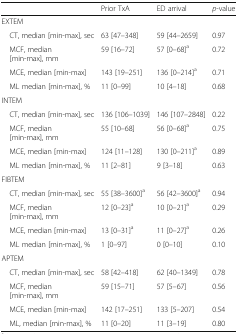
<table><thead><tr><td></td><td><b>Prior TxA</b></td><td><b>ED arrival</b></td><td><b><i>p</i>-value</b></td></tr></thead><tbody><tr><td colspan="4">EXTEM</td></tr><tr><td> CT, median [min-max], sec</td><td>63 [47–348]</td><td>59 [44–2659]</td><td>0.97</td></tr><tr><td> MCF, median [min-max], mm</td><td>59 [16–72]</td><td>57 [0–68]<sup>a</sup></td><td>0.72</td></tr><tr><td> MCE, median [min-max]</td><td>143 [19–251]</td><td>136 [0–214]<sup>a</sup></td><td>0.71</td></tr><tr><td> ML median [min-max], %</td><td>11 [0–99]</td><td>10 [4–18]</td><td>0.68</td></tr><tr><td colspan="4">INTEM</td></tr><tr><td> CT, median [min-max], sec</td><td>136 [106–1039]</td><td>146 [107–2848]</td><td>0.22</td></tr><tr><td> MCF, median [min-max], mm</td><td>55 [10–68]</td><td>56 [0–68]<sup>a</sup></td><td>0.75</td></tr><tr><td> MCE, median [min-max]</td><td>124 [11–128]</td><td>130 [0–211]<sup>a</sup></td><td>0.89</td></tr><tr><td> ML median [min-max], %</td><td>11 [2–81]</td><td>9 [3–18]</td><td>0.63</td></tr><tr><td colspan="4">FIBTEM</td></tr><tr><td> CT, median [min-max], sec</td><td>55 [38–3600]<sup>a</sup></td><td>56 [42–3600]<sup>a</sup></td><td>0.94</td></tr><tr><td> MCF, median [min-max], mm</td><td>12 [0–23]<sup>a</sup></td><td>10 [0–21]<sup>a</sup></td><td>0.29</td></tr><tr><td> MCE, median [min-max]</td><td>13 [0–31]<sup>a</sup></td><td>11 [0–27]<sup>a</sup></td><td>0.26</td></tr><tr><td> ML median [min-max], %</td><td>1 [0–97]</td><td>0 [0–10]</td><td>0.10</td></tr><tr><td colspan="4">APTEM</td></tr><tr><td> CT, median [min-max], sec</td><td>58 [42–418]</td><td>62 [40–1349]</td><td>0.78</td></tr><tr><td> MCF, median [min-max], mm</td><td>59 [15–71]</td><td>57 [5–67]</td><td>0.56</td></tr><tr><td> MCE, median [min-max]</td><td>142 [17–251]</td><td>133 [5–207]</td><td>0.54</td></tr><tr><td> ML, median [min-max], %</td><td>11 [0–20]</td><td>11 [3–19]</td><td>0.80</td></tr></tbody></table>